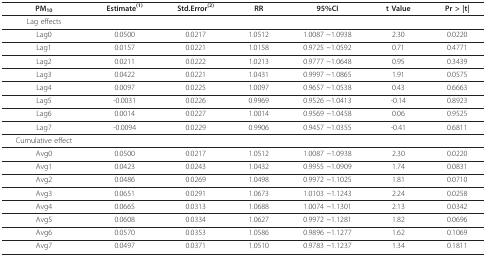
<table><thead><tr><td><b>PM<sub>10</sub></b></td><td><b>Estimate<sup>(1)</sup></b></td><td><b>Std.Error<sup>(2)</sup></b></td><td><b>RR</b></td><td><b>95%CI</b></td><td><b>t Value</b></td><td><b>Pr &gt; |t|</b></td></tr></thead><tbody><tr><td>Lag effects</td><td></td><td></td><td></td><td></td><td></td><td></td></tr><tr><td>Lag0</td><td>0.0500</td><td>0.0217</td><td>1.0512</td><td>1.0087 ~1.0938</td><td>2.30</td><td>0.0220</td></tr><tr><td>Lag1</td><td>0.0157</td><td>0.0221</td><td>1.0158</td><td>0.9725 ~1.0592</td><td>0.71</td><td>0.4771</td></tr><tr><td>Lag2</td><td>0.0211</td><td>0.0222</td><td>1.0213</td><td>0.9777 ~1.0648</td><td>0.95</td><td>0.3439</td></tr><tr><td>Lag3</td><td>0.0422</td><td>0.0221</td><td>1.0431</td><td>0.9997 ~1.0865</td><td>1.91</td><td>0.0575</td></tr><tr><td>Lag4</td><td>0.0097</td><td>0.0225</td><td>1.0097</td><td>0.9657 ~1.0538</td><td>0.43</td><td>0.6663</td></tr><tr><td>Lag5</td><td>-0.0031</td><td>0.0226</td><td>0.9969</td><td>0.9526 ~1.0413</td><td>-0.14</td><td>0.8923</td></tr><tr><td>Lag6</td><td>0.0014</td><td>0.0227</td><td>1.0014</td><td>0.9569 ~1.0458</td><td>0.06</td><td>0.9525</td></tr><tr><td>Lag7</td><td>-0.0094</td><td>0.0229</td><td>0.9906</td><td>0.9457 ~1.0355</td><td>-0.41</td><td>0.6811</td></tr><tr><td>Cumulative effect</td><td></td><td></td><td></td><td></td><td></td><td></td></tr><tr><td>Avg0</td><td>0.0500</td><td>0.0217</td><td>1.0512</td><td>1.0087 ~1.0938</td><td>2.30</td><td>0.0220</td></tr><tr><td>Avg1</td><td>0.0423</td><td>0.0243</td><td>1.0432</td><td>0.9955 ~1.0909</td><td>1.74</td><td>0.0831</td></tr><tr><td>Avg2</td><td>0.0486</td><td>0.0269</td><td>1.0498</td><td>0.9972 ~1.1025</td><td>1.81</td><td>0.0710</td></tr><tr><td>Avg3</td><td>0.0651</td><td>0.0291</td><td>1.0673</td><td>1.0103 ~1.1243</td><td>2.24</td><td>0.0258</td></tr><tr><td>Avg4</td><td>0.0665</td><td>0.0313</td><td>1.0688</td><td>1.0074 ~1.1301</td><td>2.13</td><td>0.0342</td></tr><tr><td>Avg5</td><td>0.0608</td><td>0.0334</td><td>1.0627</td><td>0.9972 ~1.1281</td><td>1.82</td><td>0.0696</td></tr><tr><td>Avg6</td><td>0.0570</td><td>0.0353</td><td>1.0586</td><td>0.9896 ~1.1277</td><td>1.62</td><td>0.1069</td></tr><tr><td>Avg7</td><td>0.0497</td><td>0.0371</td><td>1.0510</td><td>0.9783 ~1.1237</td><td>1.34</td><td>0.1811</td></tr></tbody></table>